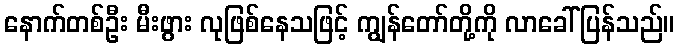
နောက်တစ်ဦး မီးဖွား လုဖြစ်နေသဖြင့် ကျွန်တော်တို့ကို လာခေါ်ပြန်သည်။